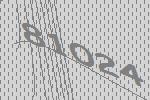
81024